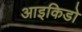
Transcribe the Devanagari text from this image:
आइकिडो